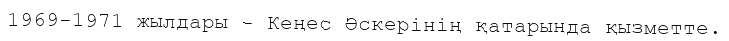
1969-1971 жылдары - Кеңес Әскерінің қатарында қызметте.